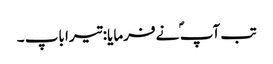
تب آپ ؐ نے فرمایا: تیرا باپ ۔